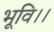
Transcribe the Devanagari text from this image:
भूवि।।